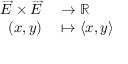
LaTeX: \begin{array} { r l } { { \overrightarrow { E } } \times { \overrightarrow { E } } } & { { } \to \mathbb { R } } \\ { ( x , y ) } & { { } \mapsto \langle x , y \rangle } \end{array}